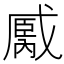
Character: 𢧿